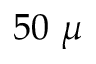
5 0 ~ \mu